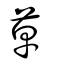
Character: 草